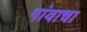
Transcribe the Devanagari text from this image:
गांवाचा